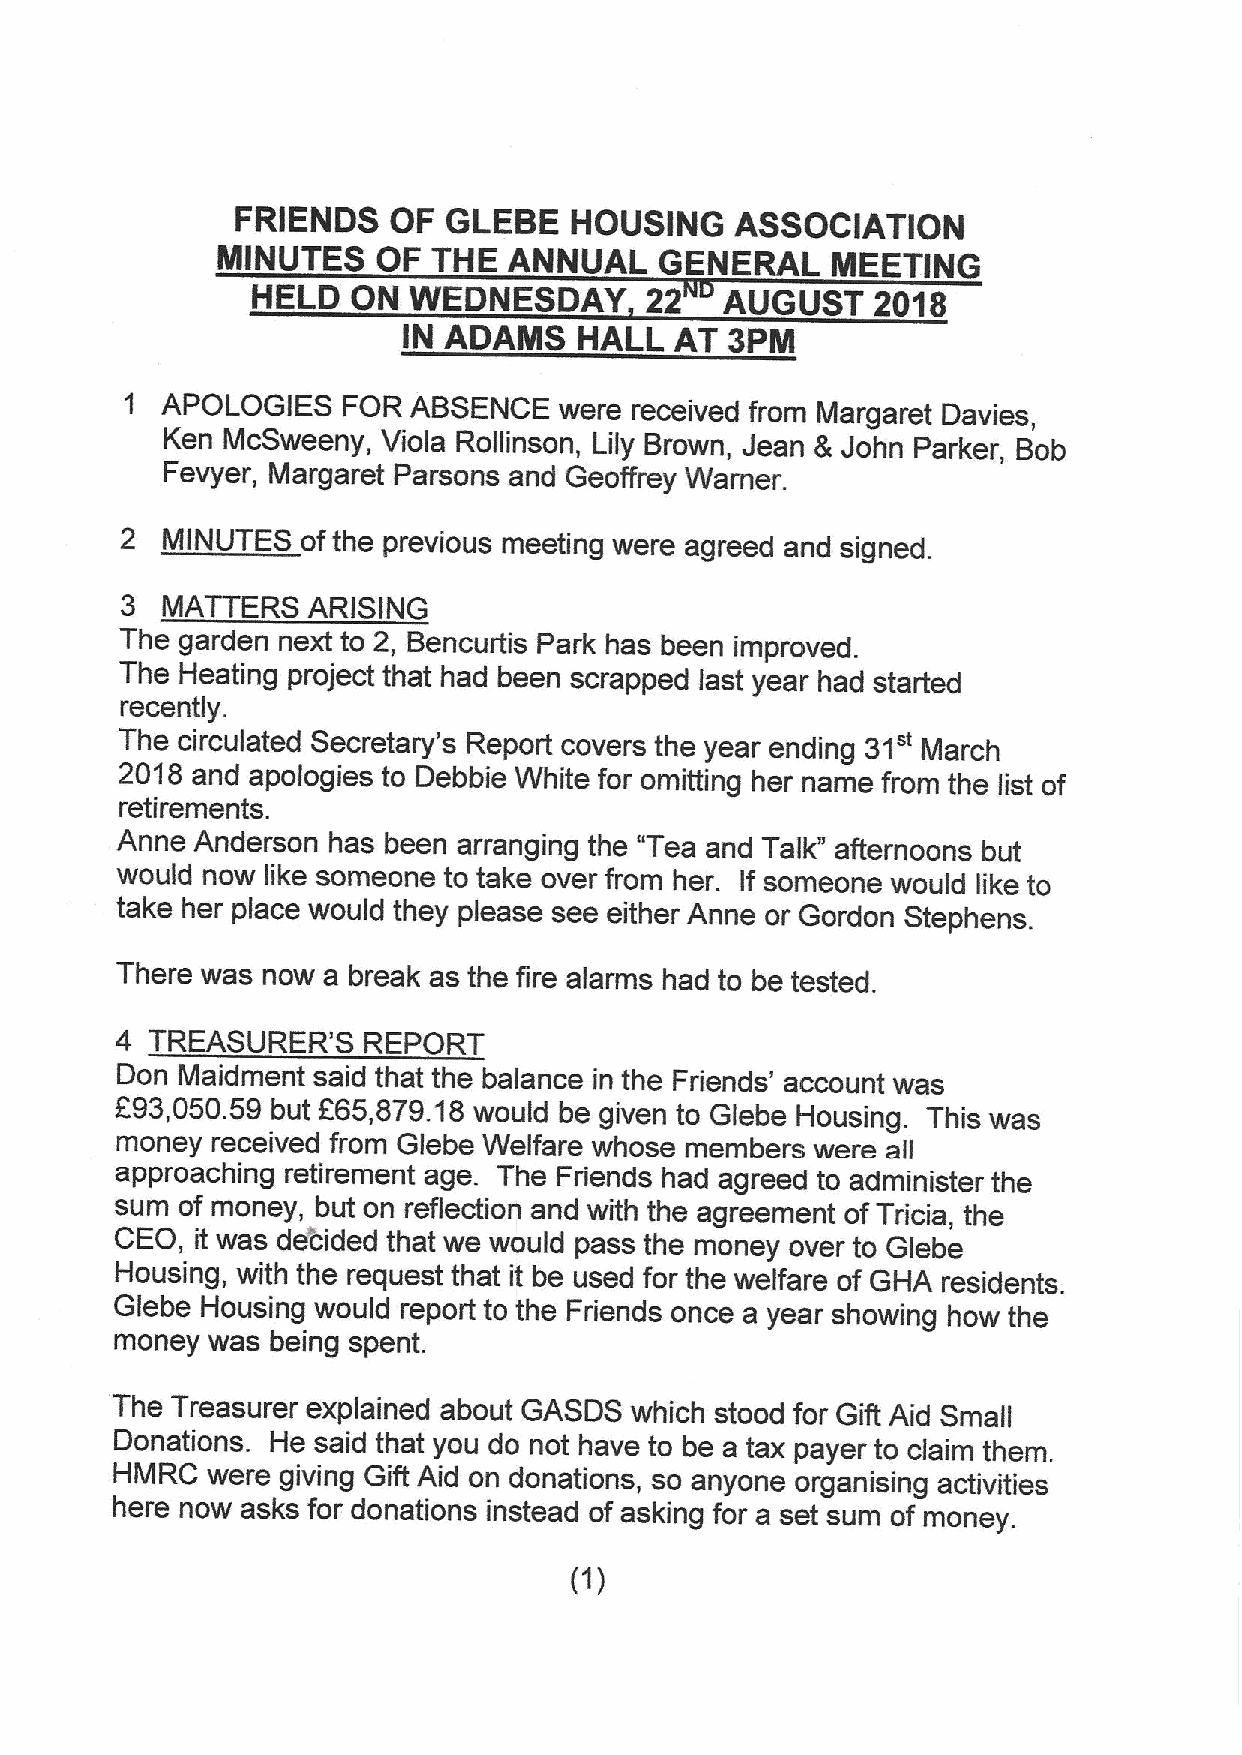
FRIENDS   OF GLEBE    HOUSING    ASSOCIATION
 NIINUTES   OF  THE  ANNUAL    GENERAL    MEETING
 HELD  ON  WEDNESDAY       22   AUGUST    2018
 IN ADANIS  HALL   AT 3PIN
 1  APOLOGIES   FOR ABSENCE   were received from Margaret Davies,
 Ken McSweeny, Viola Rollinson, Lily Brown, Jean 8 John Parker, Bob
 Fevyer, Margaret Parsons and Geoffrey Warner.
 2  MINUTES  ofthe previous meeting were agreed and signed.
 3  MATTERS  ARISING
 The garden next to 2, Bencurtis Park has been improved.
 The Heating project that had been scrapped last year had started
 recently.
 The circulated Secretary's Report covers the year ending 31" March
 2018 and apologies to Debbie White for omitting her name from the list of
 retirements.
 Anne Anderson has been arranging the "Tea and Talk" afternoons but
 would now like someone to take over from her. If someone would like to
 take her place would they please see either Anne or Gordon Stephens.
 There was now a break as the fire alarms had to be tested.
 4 TREASURER'S   REPORT
 Don Maidment said that the balance in the Friends' account was
 E93,050.59 but 665,879.18would be given to Glebe Housing. This was
 money received from Glebe Welfare whose members were all
 approaching retirement age. The Friends had agreed to administer the
 sum of money, but on reflection and with the agreement ofTricia, the
 CEO, it was decided that we would pass the money over to Glebe
 Housing, with the request that it be used for the welfare of GHA residents.
 Glebe Housing would report to the Friends once a year showing how the
 money was being spent.
 The Treasurer explained about GASDS which stood for Gift Aid Small
 Donations. He said that you do not have to be a tax payer to claim them.
 HMRC   were giving Gift Aid on donations, so anyone organising activities
 here now asks for donations instead of asking for a set sum of money.